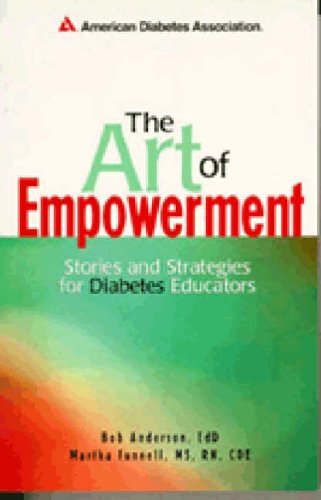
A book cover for The Art of Empowerment: Stories and Strategies for Diabetes Educators, 2nd Edition; American Diabetes Association; Health, Fitness & Dieting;